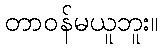
တာဝန်မယူဘူး။